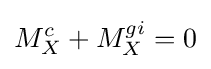
M_{X}^{c}+M_{X}^{gi}=0